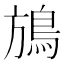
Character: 鴋